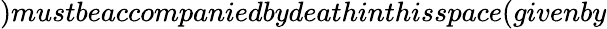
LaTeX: )mustbeaccompaniedbydeathinthisspace(givenby